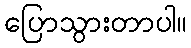
ပြောသွားတာပါ။